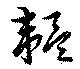
韞